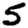
Digit: 5